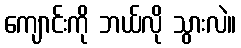
ကျောင်းကို ဘယ်လို သွားလဲ။